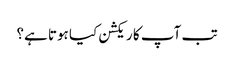
تب آپ کا ریکشن کیا ہوتا ہے؟